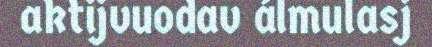
aktijvuodav álmulasj